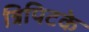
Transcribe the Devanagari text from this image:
त्रिपिटके